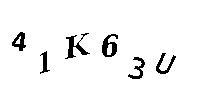
41K63U